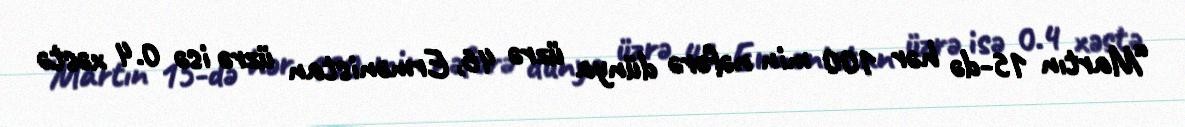
“Martın 15-də hər 100 min nəfərə dünya üzrə 46, Ermənistan üzrə isə 0.4 xəstə